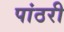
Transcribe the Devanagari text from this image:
पांठरी